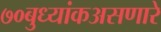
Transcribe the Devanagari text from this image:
७०बुध्यांकअसणारे